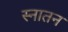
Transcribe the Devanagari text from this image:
स्नातन